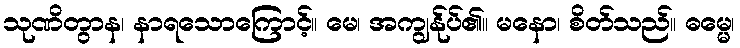
သုဏိတွာန၊ နာရသောကြောင့်။ မေ၊ အကျွန်ုပ်၏။ မနော၊ စိတ်သည်။ ဓမ္မေ၊